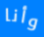
وأنا